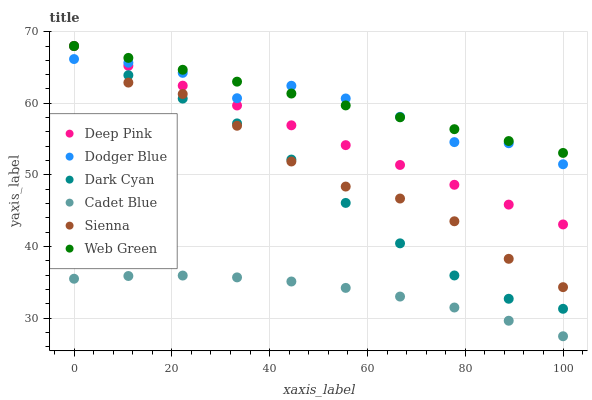
| xaxis_label | Deep Pink | Dodger Blue | Dark Cyan | Cadet Blue | Sienna | Web Green |
 | --- | --- | --- | --- | --- | --- | --- |
 | 0 | 68 | 66.2 | 68 | 35.5 | 68 | 68 |
 | 11.1 | 65.2 | 65.7 | 63.9 | 35.9 | 62.9 | 66.3 |
 | 22.2 | 62.5 | 64.2 | 60.7 | 35.9 | 61.3 | 64.7 |
 | 33.3 | 59.7 | 60.7 | 57.2 | 35.7 | 56.9 | 63 |
 | 44.4 | 56.9 | 62.4 | 52.1 | 35.1 | 51.9 | 61.4 |
 | 55.6 | 54.2 | 60.7 | 46.1 | 34.2 | 48.4 | 59.7 |
 | 66.7 | 51.4 | 58.1 | 40.4 | 33 | 46.7 | 58 |
 | 77.8 | 48.6 | 54.6 | 35.9 | 31.5 | 43.5 | 56.4 |
 | 88.9 | 45.8 | 54.4 | 32.7 | 29.6 | 38.3 | 54.7 |
 | 100 | 43.1 | 51.5 | 31.3 | 27.5 | 34.3 | 53.1 |